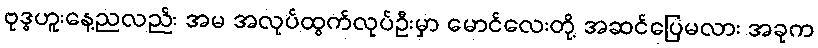
ဗုဒ္ဓဟူးနေ့ညလည်း အမ အလုပ်ထွက်လုပ်ဦးမှာ မောင်လေးတို့ အဆင်ပြေမလား အခုက